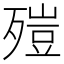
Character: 㱯